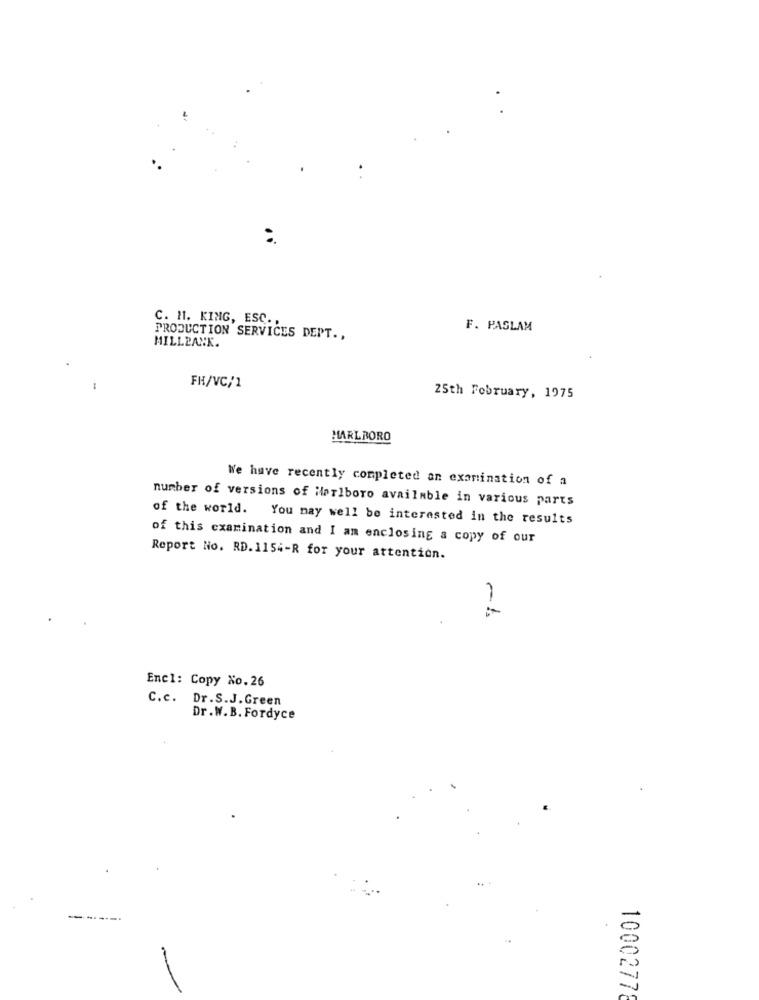
C. H1. KING, ESC .,
F. PASLAM
MILLBANK.
PRODUCTION SERVICES DEPT .,
FH/VC/1
25th February, 1975
MARLBORO
We have recently completed an examination of a
number of versions of Marlboro available in various parts
of the world. You may well be interested in the results
of this examination and I am enclosing a copy of our
Report No. RD. 1154-R for your attention.
-1
Encl: Copy No.26
C.c. Dr.S.J.Green
Dr.W.B. Fordyce
10002778